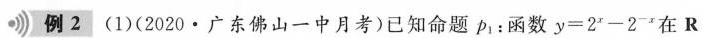
例2 (1)(2020 · 广东佛山一中月考)已知命题 p_{1}：函数$$y = 2 ^ { x } - 2 ^ { - x }$$在R